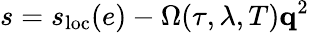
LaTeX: s=s_{\textrm{loc}}(e)-\Omega(\tau,\lambda,T)\mathbf q^{2}